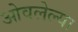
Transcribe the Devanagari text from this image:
ओवलेल्या